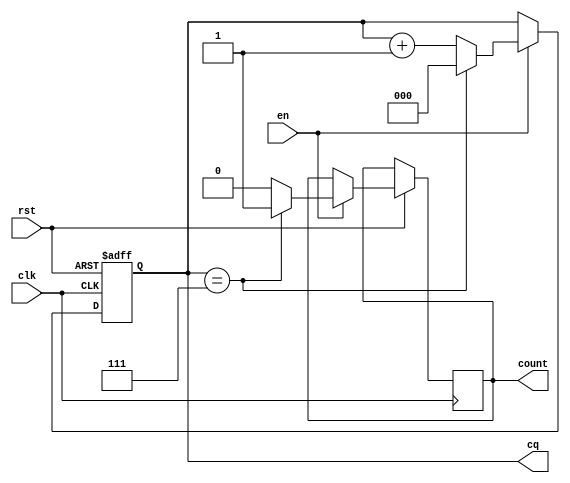
module cnt8(clk, rst, en, cq, count);
input clk, rst, en;
output reg count;
output reg [2:0] cq;

always @(posedge clk or negedge rst) begin
	if(!rst)
		cq <= 3'b000;
	else if(en == 1) begin
		if(cq == 3'b111)
			begin
				cq <= 3'b000;
				count = 1'b1;
			end
		else
			begin
				cq <= cq + 1;
				count = 1'b0;
			end
	end
end

endmodule